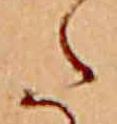
た